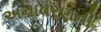
અનાવરણની